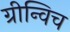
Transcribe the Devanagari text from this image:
ग्रीन्विच